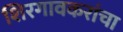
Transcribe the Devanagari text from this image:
शिरगावकरांचा